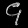
Digit: ၄